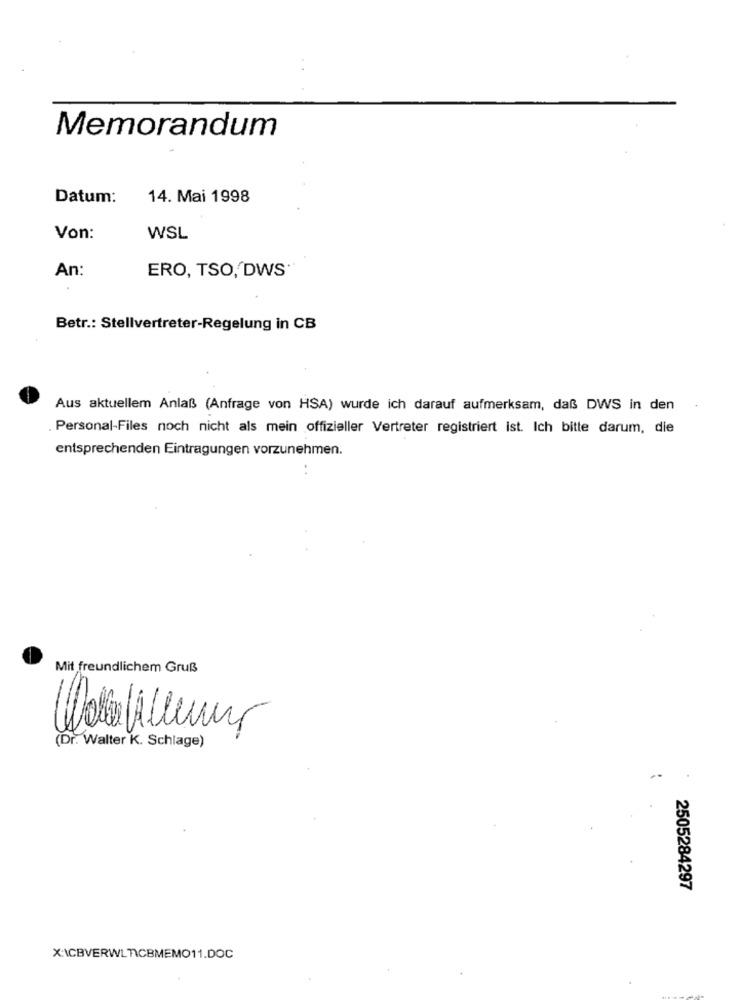
Memorandum
Datum:
14. Mai 1998
Von:
WSL
An:
ERO, TSO, DWS
Betr .: Stellvertreter-Regelung in CB
Aus aktuellem Anlaß (Anfrage von HSA) wurde ich darauf aufmerksam, daß DWS in den
. Personal-Files noch nicht als mein offizieller Vertreter registriert ist. Ich bitte darum, die
entsprechenden Eintragungen vorzunehmen.
Mit freundlichem Gruß
-
(Dr. Walter K. Schlage)
2505284297
XICBVERWLTICBMEMO11.DOC